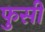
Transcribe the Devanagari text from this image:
फुसी